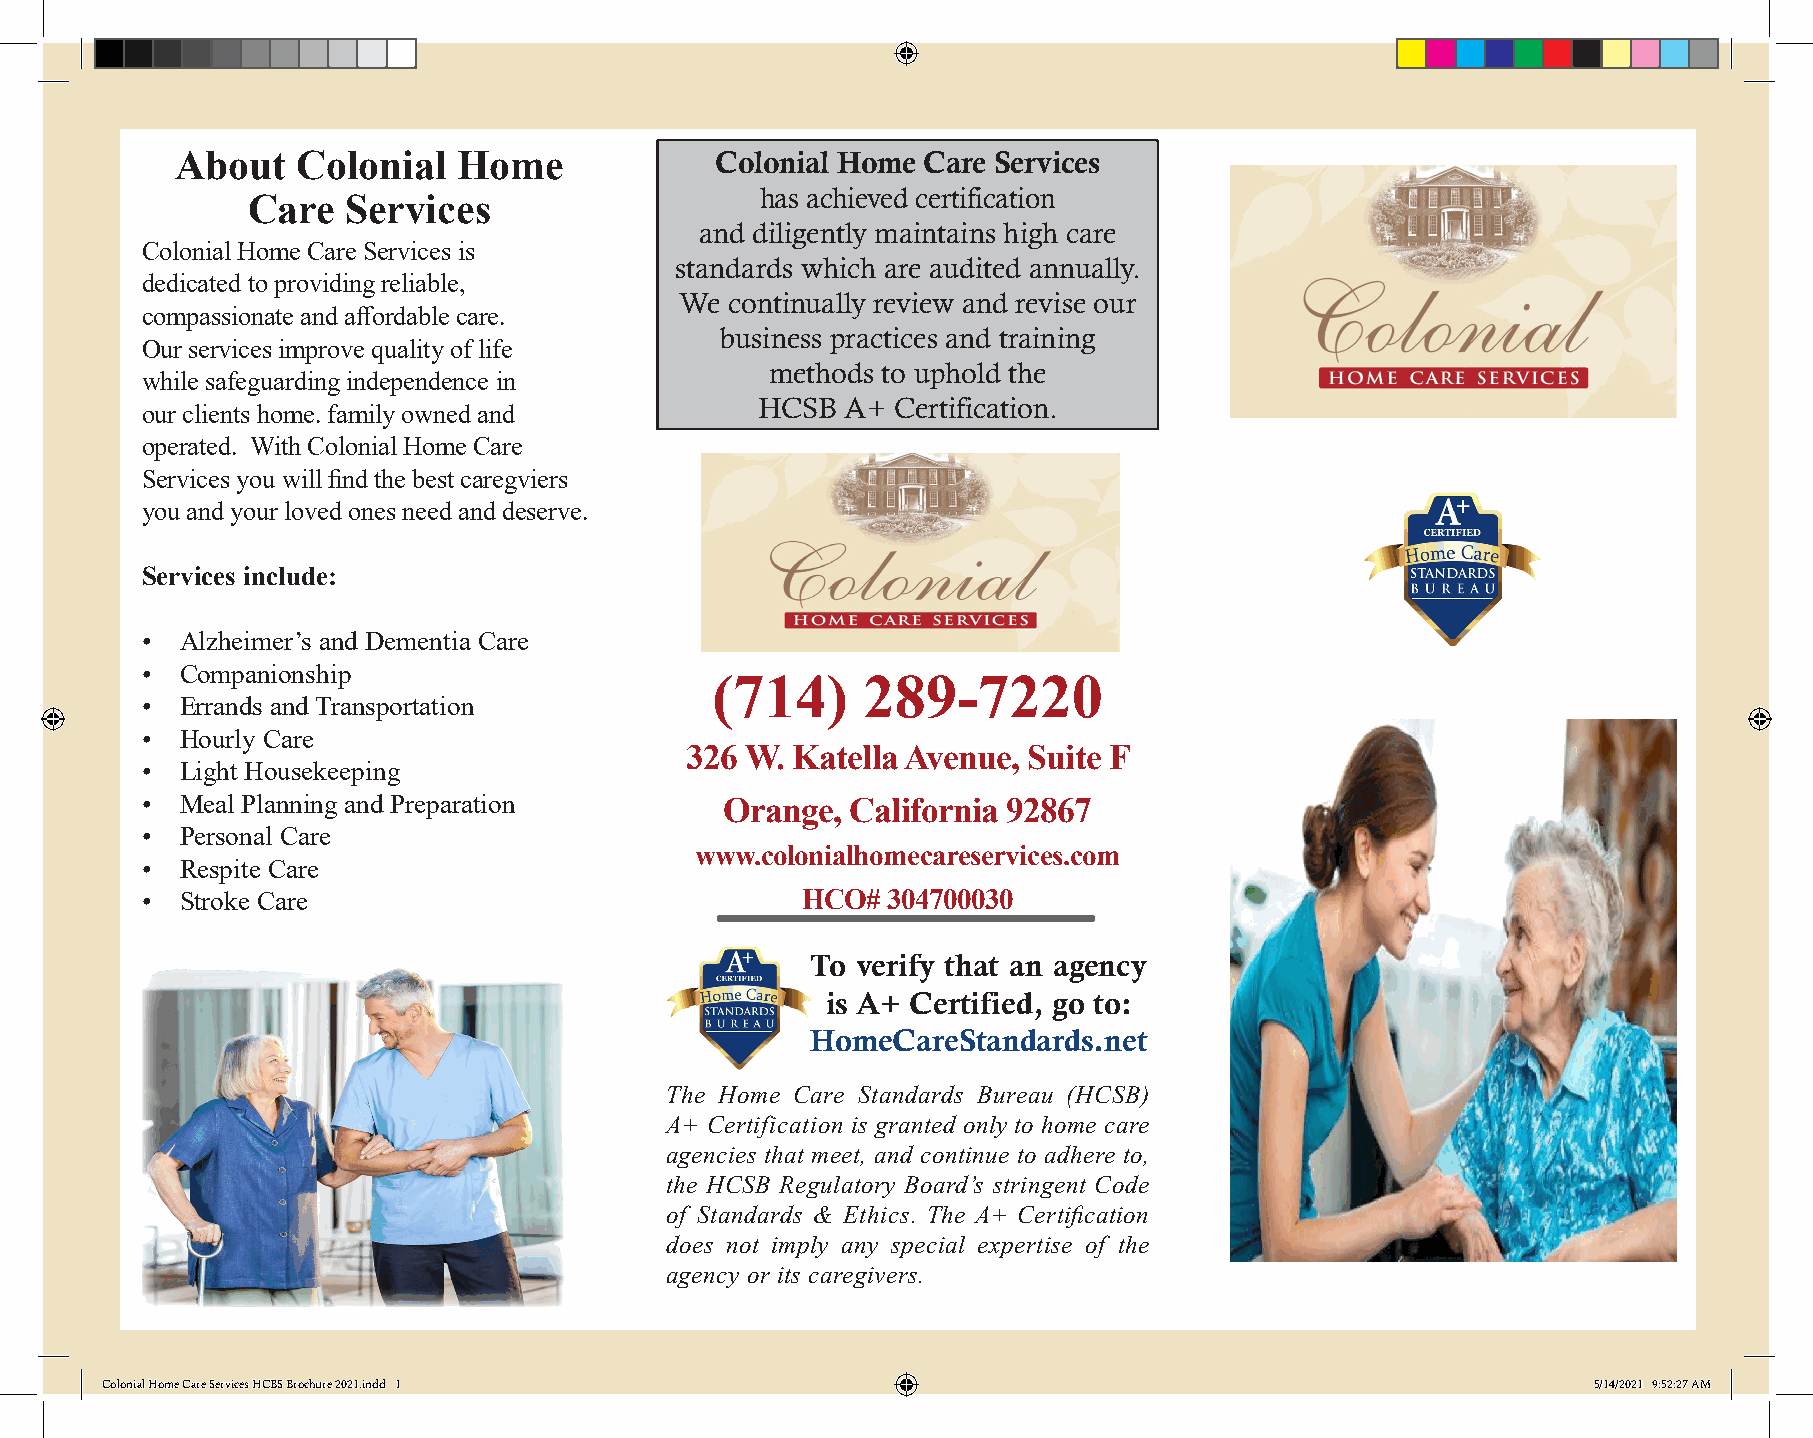
About   Colonial  Home             Colonial Home Care Services
 has achieved certification
 Care   Services
 and diligently maintains high care
 Colonial Home Care Services is
 standards which are audited annually.
 dedicated to providing reliable,
 We continually review and revise our
 compassionate and affordable care.
 business practices and training
 Our services improve quality of life
 methods to uphold the
 while safeguarding independence in
 HCSB  A+ Certification.
 our clients home. family owned and
 operated. With Colonial Home Care
 Services you will find the best caregviers
 you and your loved ones need and deserve.
 Services include:
 •  Alzheimer’s and Dementia Care
 •  Companionship
 (714)     289-7220
 •  Errands and Transportation
 •  Hourly Care
 326 W. Katella Avenue, Suite F
 •  Light Housekeeping
 •  Meal Planning and Preparation       Orange, California 92867
 •  Personal Care
 www.colonialhomecareservices.com
 •  Respite Care
 •  Stroke Care                              HCO#  304700030
 To verify that an agency
 is A+ Certified, go to:
 HomeCareStandards.net
 The Home Care Standards Bureau (HCSB)
 A+ Certification is granted only to home care
 agencies that meet, and continue to adhere to,
 the HCSB Regulatory Board’s stringent Code
 of Standards & Ethics. The A+ Certification
 does not imply any special expertise of the
 agency or its caregivers.
 CCoolloonniiaall HHoommee CCaarree SSeerrvviicceess HHCCBBSS BBrroocchhuurree 22002211..iinndddd 11 55//1144//22002211 99::5522::2277 AAMM